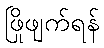
ဖြိုဖျက်ရန်